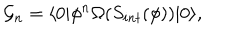
LaTeX: { \cal G } _ { n } = \langle 0 | \phi ^ { n } \Omega ( S _ { i n t } ( \phi ) ) | 0 \rangle ,